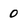
Character: 0